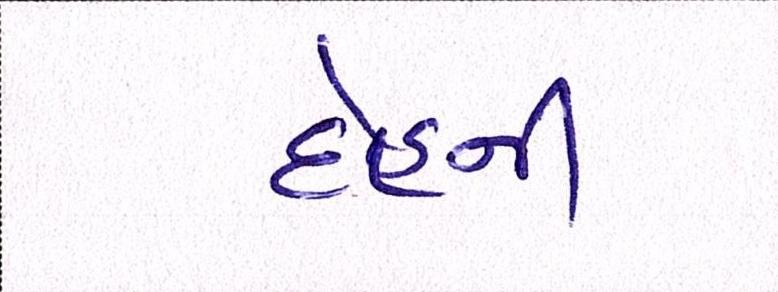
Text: દેહની